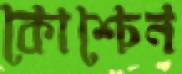
কোশ্চেন